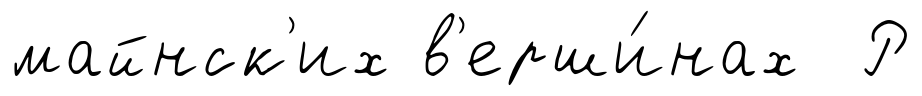
майнск'их в'ерши́нах Р